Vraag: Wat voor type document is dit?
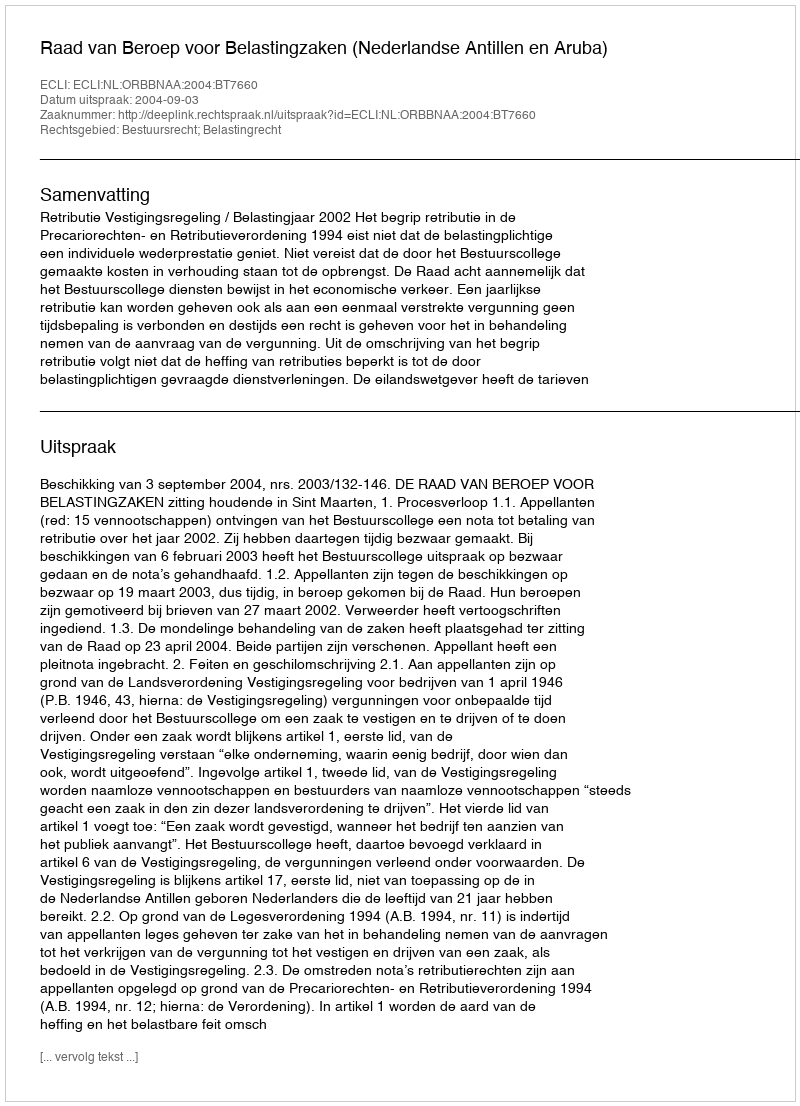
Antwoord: Uitspraak